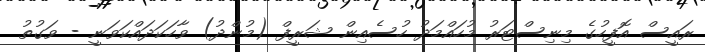
ރައީސް އޮފީހުގެ މިނިސްޓަރު މުހައްމަދު ހުސެއިން ޝަރީފް (މުންދު) ވާހަކަދައްކަވަނީ - ވަގުތު